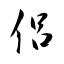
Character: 侶